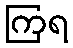
ကြရ